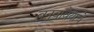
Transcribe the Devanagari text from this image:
बनवावयाचे